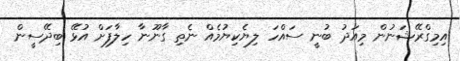
އިމިގްރޭޝަނުން މިއަދު ބުނީ ސައްހަ ލިޔެކިޔުމެއް ނެތި ގާނޫނާ ހިލާފަށް އުޅޭ ބިދޭސީން